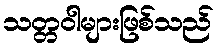
သတ္တဝါများဖြစ်သည်